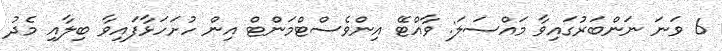
6 ވަނަ ނަންބަރުގައިވާ މައްސަލަ: ވާއްޓޭ އިންވެސްޓްމަންޓް އިން ހުށަހަޅާފައިވާ ބިލާއި މެދު